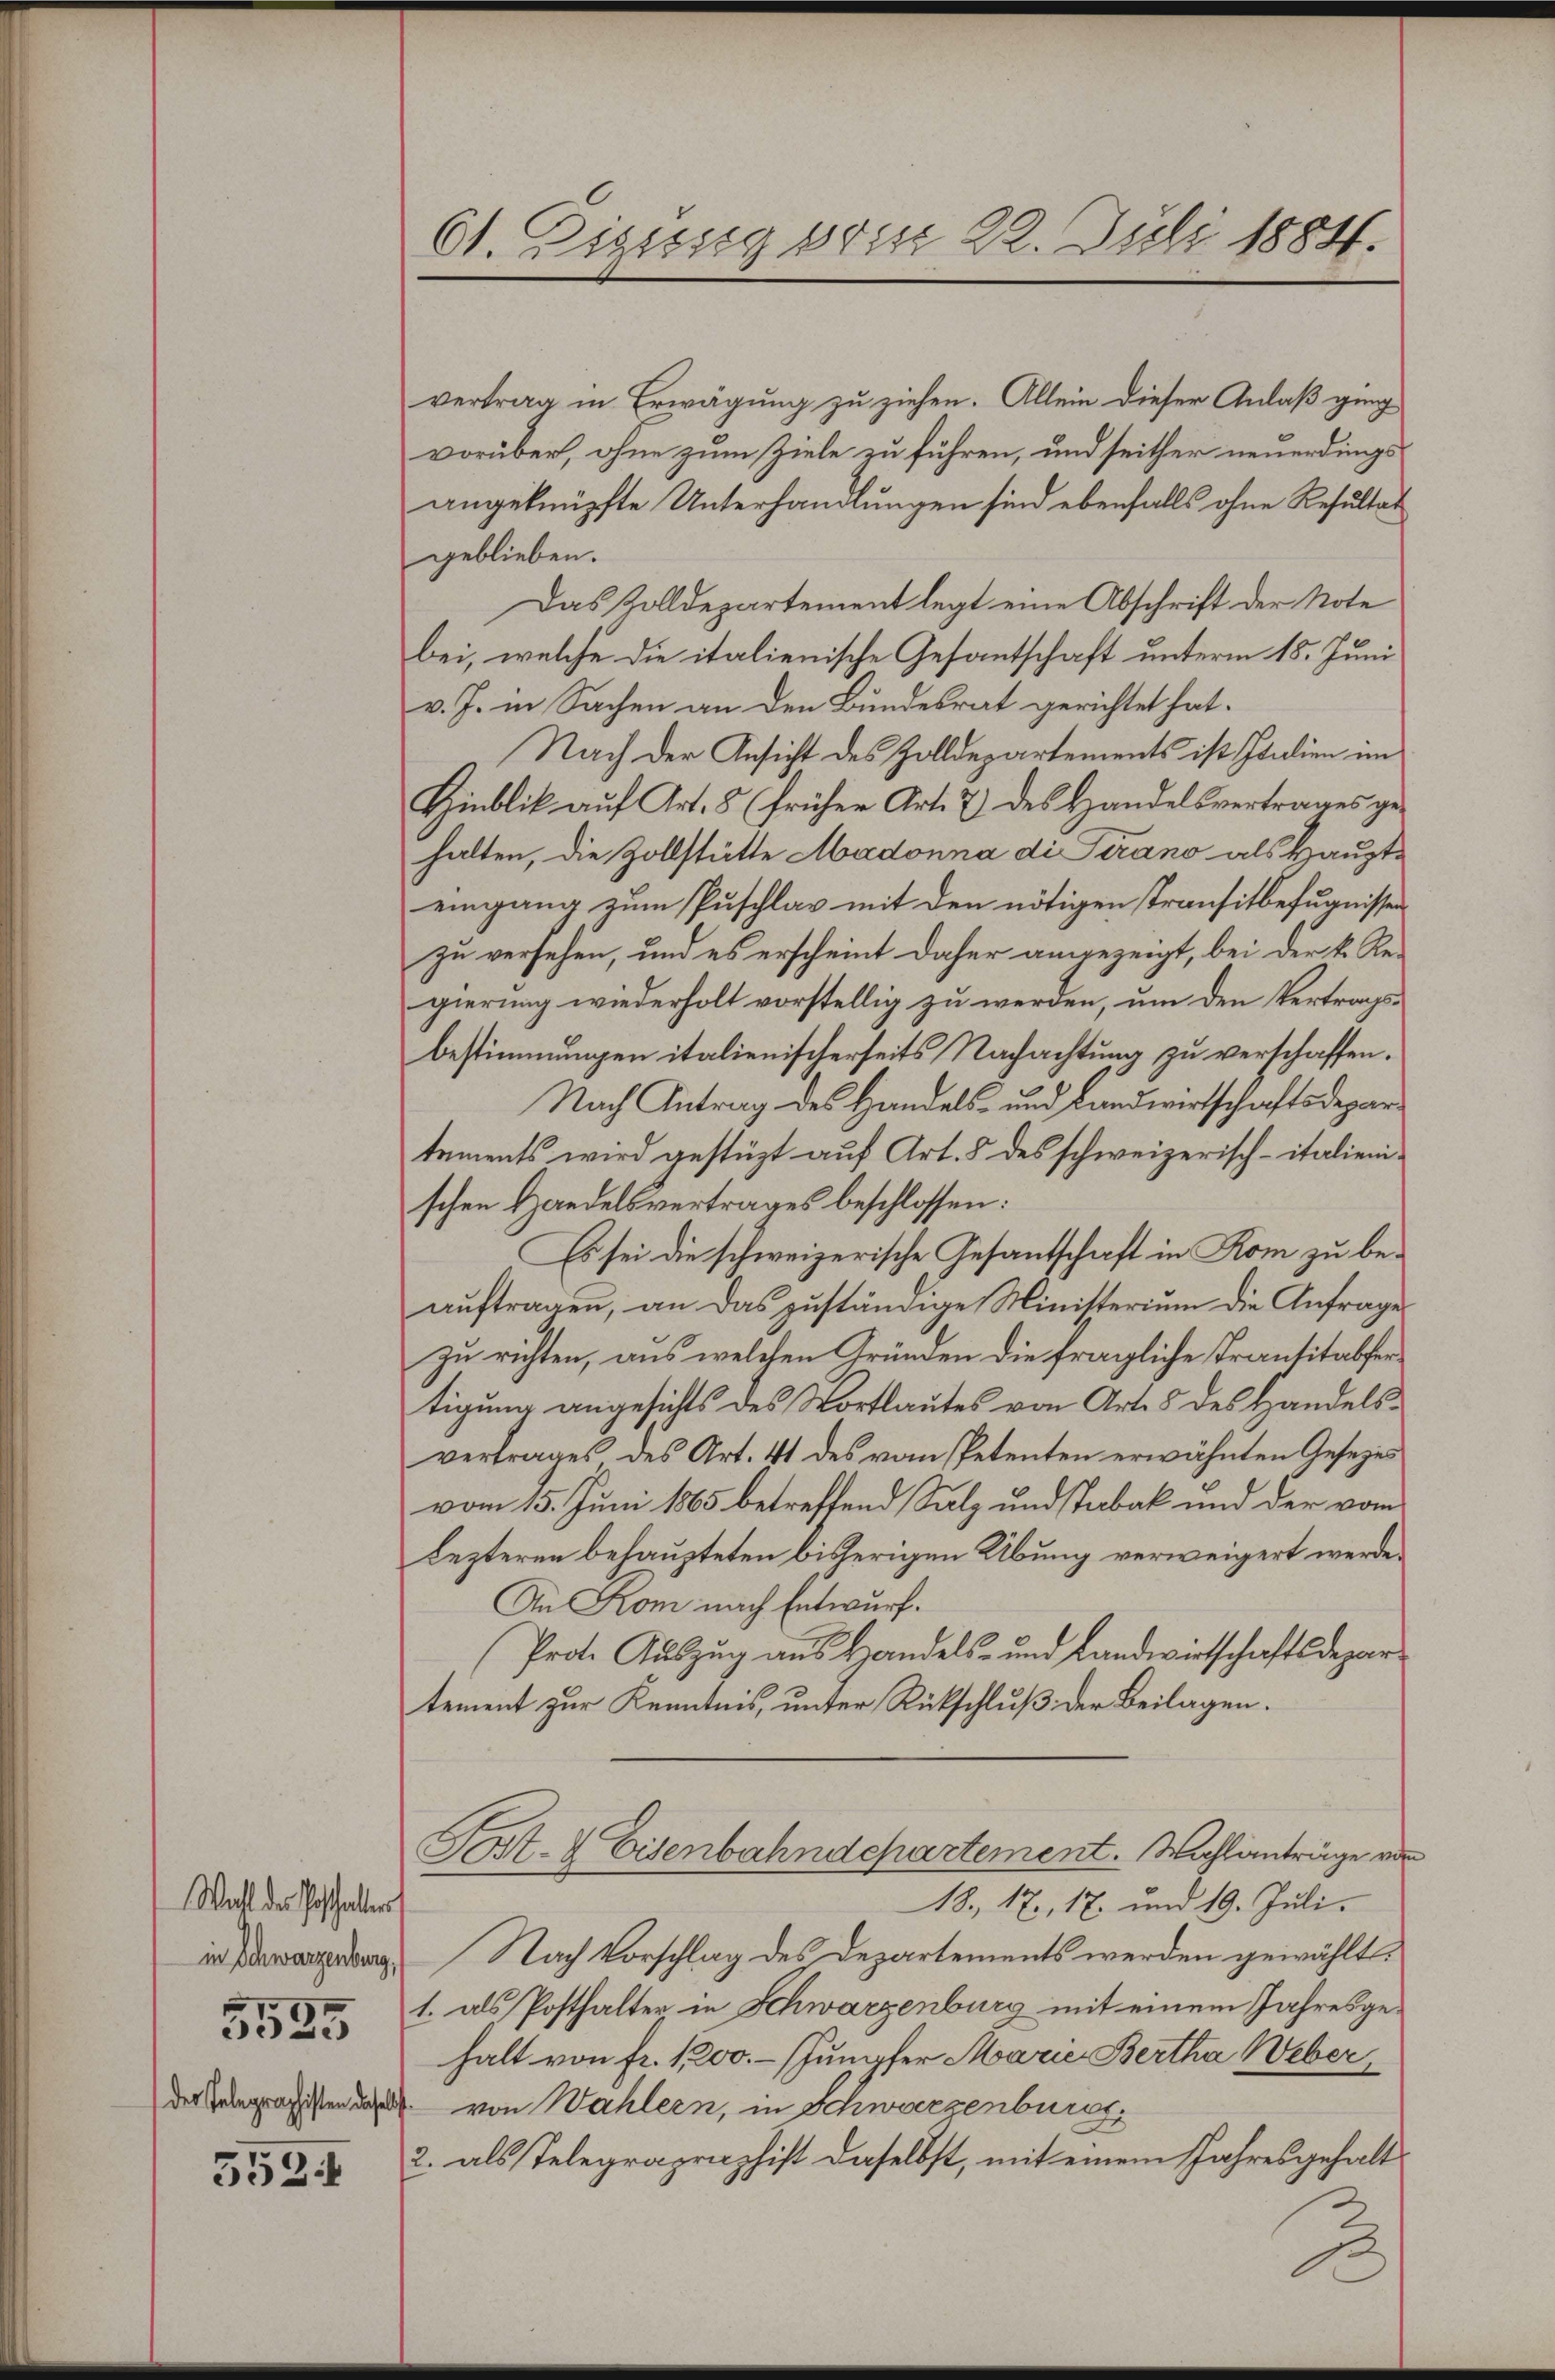
Wahl des Geschalten
5525

553

61. Disssig vom 22. Juli 1884.

vertrag in Erwägung zu ziehen. Allein dieser Anlaß ging
vorüber, ohne zum Ziele zu führen, und seither neuerdings-
angeknüpfte Unterhandlungen sind ebenfalls ohne Resultat
geblieben.
Das Zolldepartement legt eine Abschrift der Note
bei, welche die italienische Gesantschaft unterm 18. Juni
v. J. in Sachen an den Bundesrat gerichtet hat.
Nach der Ansicht des Zolldepartements ist Italien im
Hinblik auf Art. 8 (früher Art. 7) des Handelsvertrages gehalten, die Zollstätte Madonna di Pirano als Haupteingang zum Puschlag mit den nötigen Transitbefugnissen
zu versehen, und es erscheint daher angezeigt, bei der k. Regierung wiederholt vorstellig zu werden, um den Vertragsbestimmungen italienischerseits Nachachtung zu verschaffen.
Nach Antrag des Handels- und Landwirtschaftsdepartements wird gestüzt auf Art. 8 des schweizerisch-italienischen Handelsvertrages beschlossen:
Es sei die schweizerische Gesantschaft in Rom zu beauftragen, an das zuständige Ministerium die Anfrages
zu richten, aus welchen Gründen die fragliche Trantitabfertigung angesichts des Wortlautes von Art. 8 des Handelsvertrages des Art. 41 des vom Petenten erwähnten Gesezes
vom 15. Juni 1865 betreffend Salz und Tabak und der vom
Lezteren behaupteten bisherigen Übung verweigert werde.
An Kom nach Entwurf.
Prote Aŭszŭg aŭs Handels- und Landwirtschaftsdepar-
tement zur Kenntnis, unter Rückschluß der Beilagen.
Tost- & Eisenbahndepartement. Wahlanträge de
18., 17, 17. und 19. Juli.
in Verwarzerung. Nach Vorschlag des Departements werden gewählt.
1. als Posthalter in Schwarzenburg mit einem Jahresgehalt von fr. 1200.- (Jumpfer Marie Bertha Weber,
der Seegrafisten das von Wahlern, in Schwarzenburg
2. als Telegrapraphist daselbst, mit einem Jahresgehalt